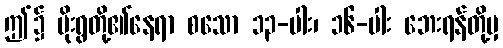
ဤ၌ ပိုးရွတို့၏နေရာ စသော ၁၃-ပါး၊ ၁၆-ပါး ဘေးရန်တို့မှ